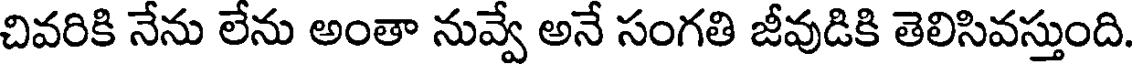
చివరికి నేను లేను అంతా నువ్వే అనే సంగతి జీవుడికి తెలిసివస్తుంది